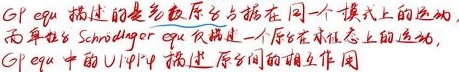
GP equ. 描述的是多数量原子占据在同一个模式上的运动
而单粒 Schrödinger equ. 仅描述一个原子在状态上的运动，
GP equ. 中的 $U|\psi|^{2}$ 描述 原子间的相互作用